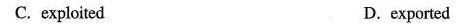
C.exploited D. exported